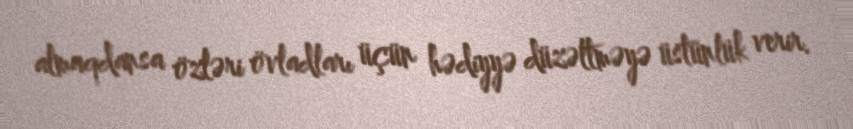
almaqdansa özləri övladları üçün hədiyyə düzəltməyə üstünlük verir.